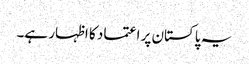
یہ پاکستان پر اعتماد کا اظہار ہے۔